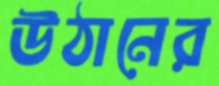
উঠানের